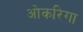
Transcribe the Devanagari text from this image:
ओकरिगा